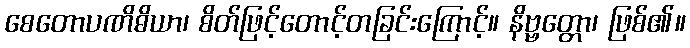
စေတောပဏိဓိယာ၊ စိတ်ဖြင့်တောင့်တခြင်းကြောင့်။ နိဗ္ဗတ္တော၊ ဖြစ်၏။